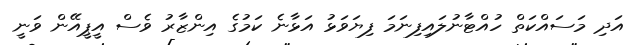
އަދި މަސައްކަތް ހުއްޓާނުލައިފިނަމަ ފިޔަވަޅު އަޅާނެ ކަމުގެ އިންޒާރު ވެސް އީޕީއޭން ވަނީ